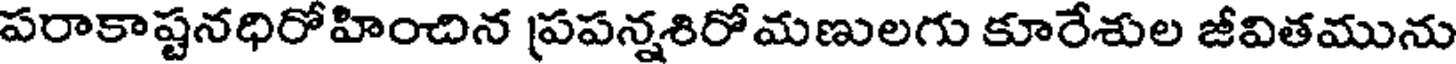
పరాకాష్టనధిరోహించిన ప్రపన్నశిరోమణులగు కూరేశుల జీవితమును